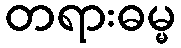
တရားဓမ္မ